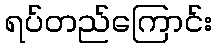
ရပ်တည်ကြောင်း